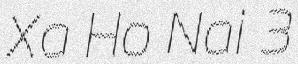
Xa Ho Nai 3